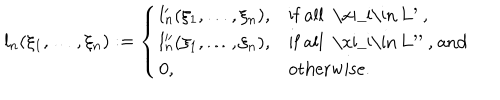
LaTeX: l _ { n } ( \xi _ { 1 } , \ldots , \xi _ { n } ) : = \left\{ \begin{array} { l l l } { { l _ { n } ^ { \prime } ( \xi _ { 1 } , \ldots , \xi _ { n } ) , } } & { { \mathrm { i f ~ a l l ~ \ x i _ { i } \in ~ L ^ { \prime } ~ , } } } \\ { { l _ { n } ^ { \prime \prime } ( \xi _ { 1 } , \ldots , \xi _ { n } ) , } } & { { \mathrm { i f ~ a l l ~ \ x i _ { i } \in ~ L ^ { \prime \prime } ~ , ~ a n d } } } \\ { { 0 , } } & { { \mathrm { o t h e r w i s e } . } } \\ \end{array} \right.